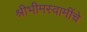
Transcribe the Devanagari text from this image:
श्रीभीमस्वामींचे